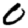
Digit: 0